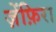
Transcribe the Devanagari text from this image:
ज़ेंफ़िरा